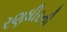
રણધીરની